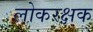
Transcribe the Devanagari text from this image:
लोकरक्षक